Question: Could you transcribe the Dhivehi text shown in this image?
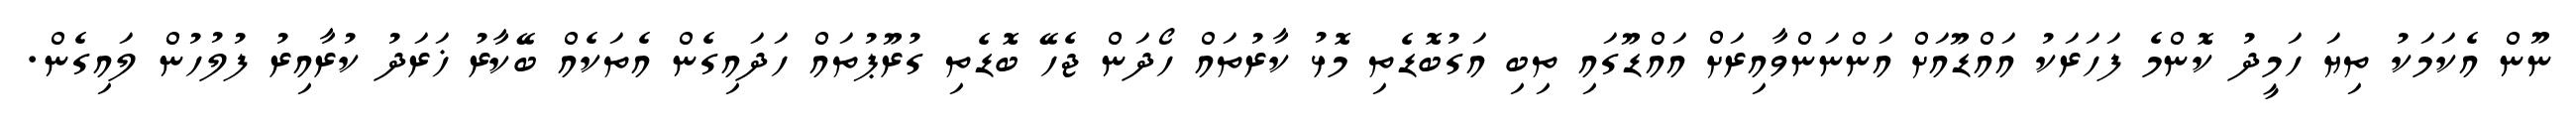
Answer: ނޫން އެކަމަކު ތިޔަ ހަމީދު ކޮންމެ ފަހަރަކު އައްޑޫއަށް އަންނަންވާއިރަށް އައްޑޫގައި ތިބި އަގުބޮޑެތި މޮޅު ކާރުތައް ހޯދަން ޖެހޭ ބޮޑެތި ގުރޫޕުތައް ހަދައިގެން އެތަކެއް ބޭކާރު ޚަރަދު ކުރާއިރު ފުލުހުން ލައިގެން.